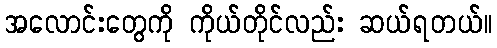
အလောင်းတွေကို ကိုယ်တိုင်လည်း ဆယ်ရတယ်။